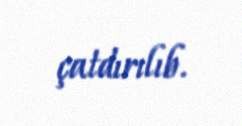
çatdırılıb.